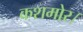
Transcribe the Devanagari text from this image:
कशमोर।